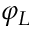
\varphi _ { L }